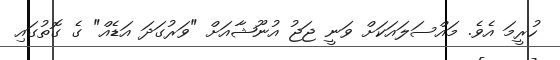
ހުރީމަ އެވެ. މައްސަލައަކަށް ވަނީ ޖަޖު އުނޫޝާއަށް "ވަރުގަދަ އަޑެއް" ގެ ގޮތުގައި